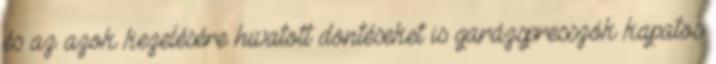
és az azok kezelésére hivatott döntéseket is garázspresszók kapatos